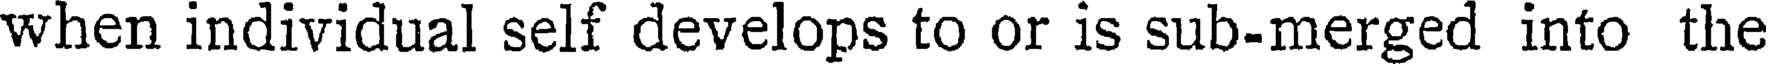
when individual self develops to or is sub-merged into the